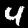
Digit: 4